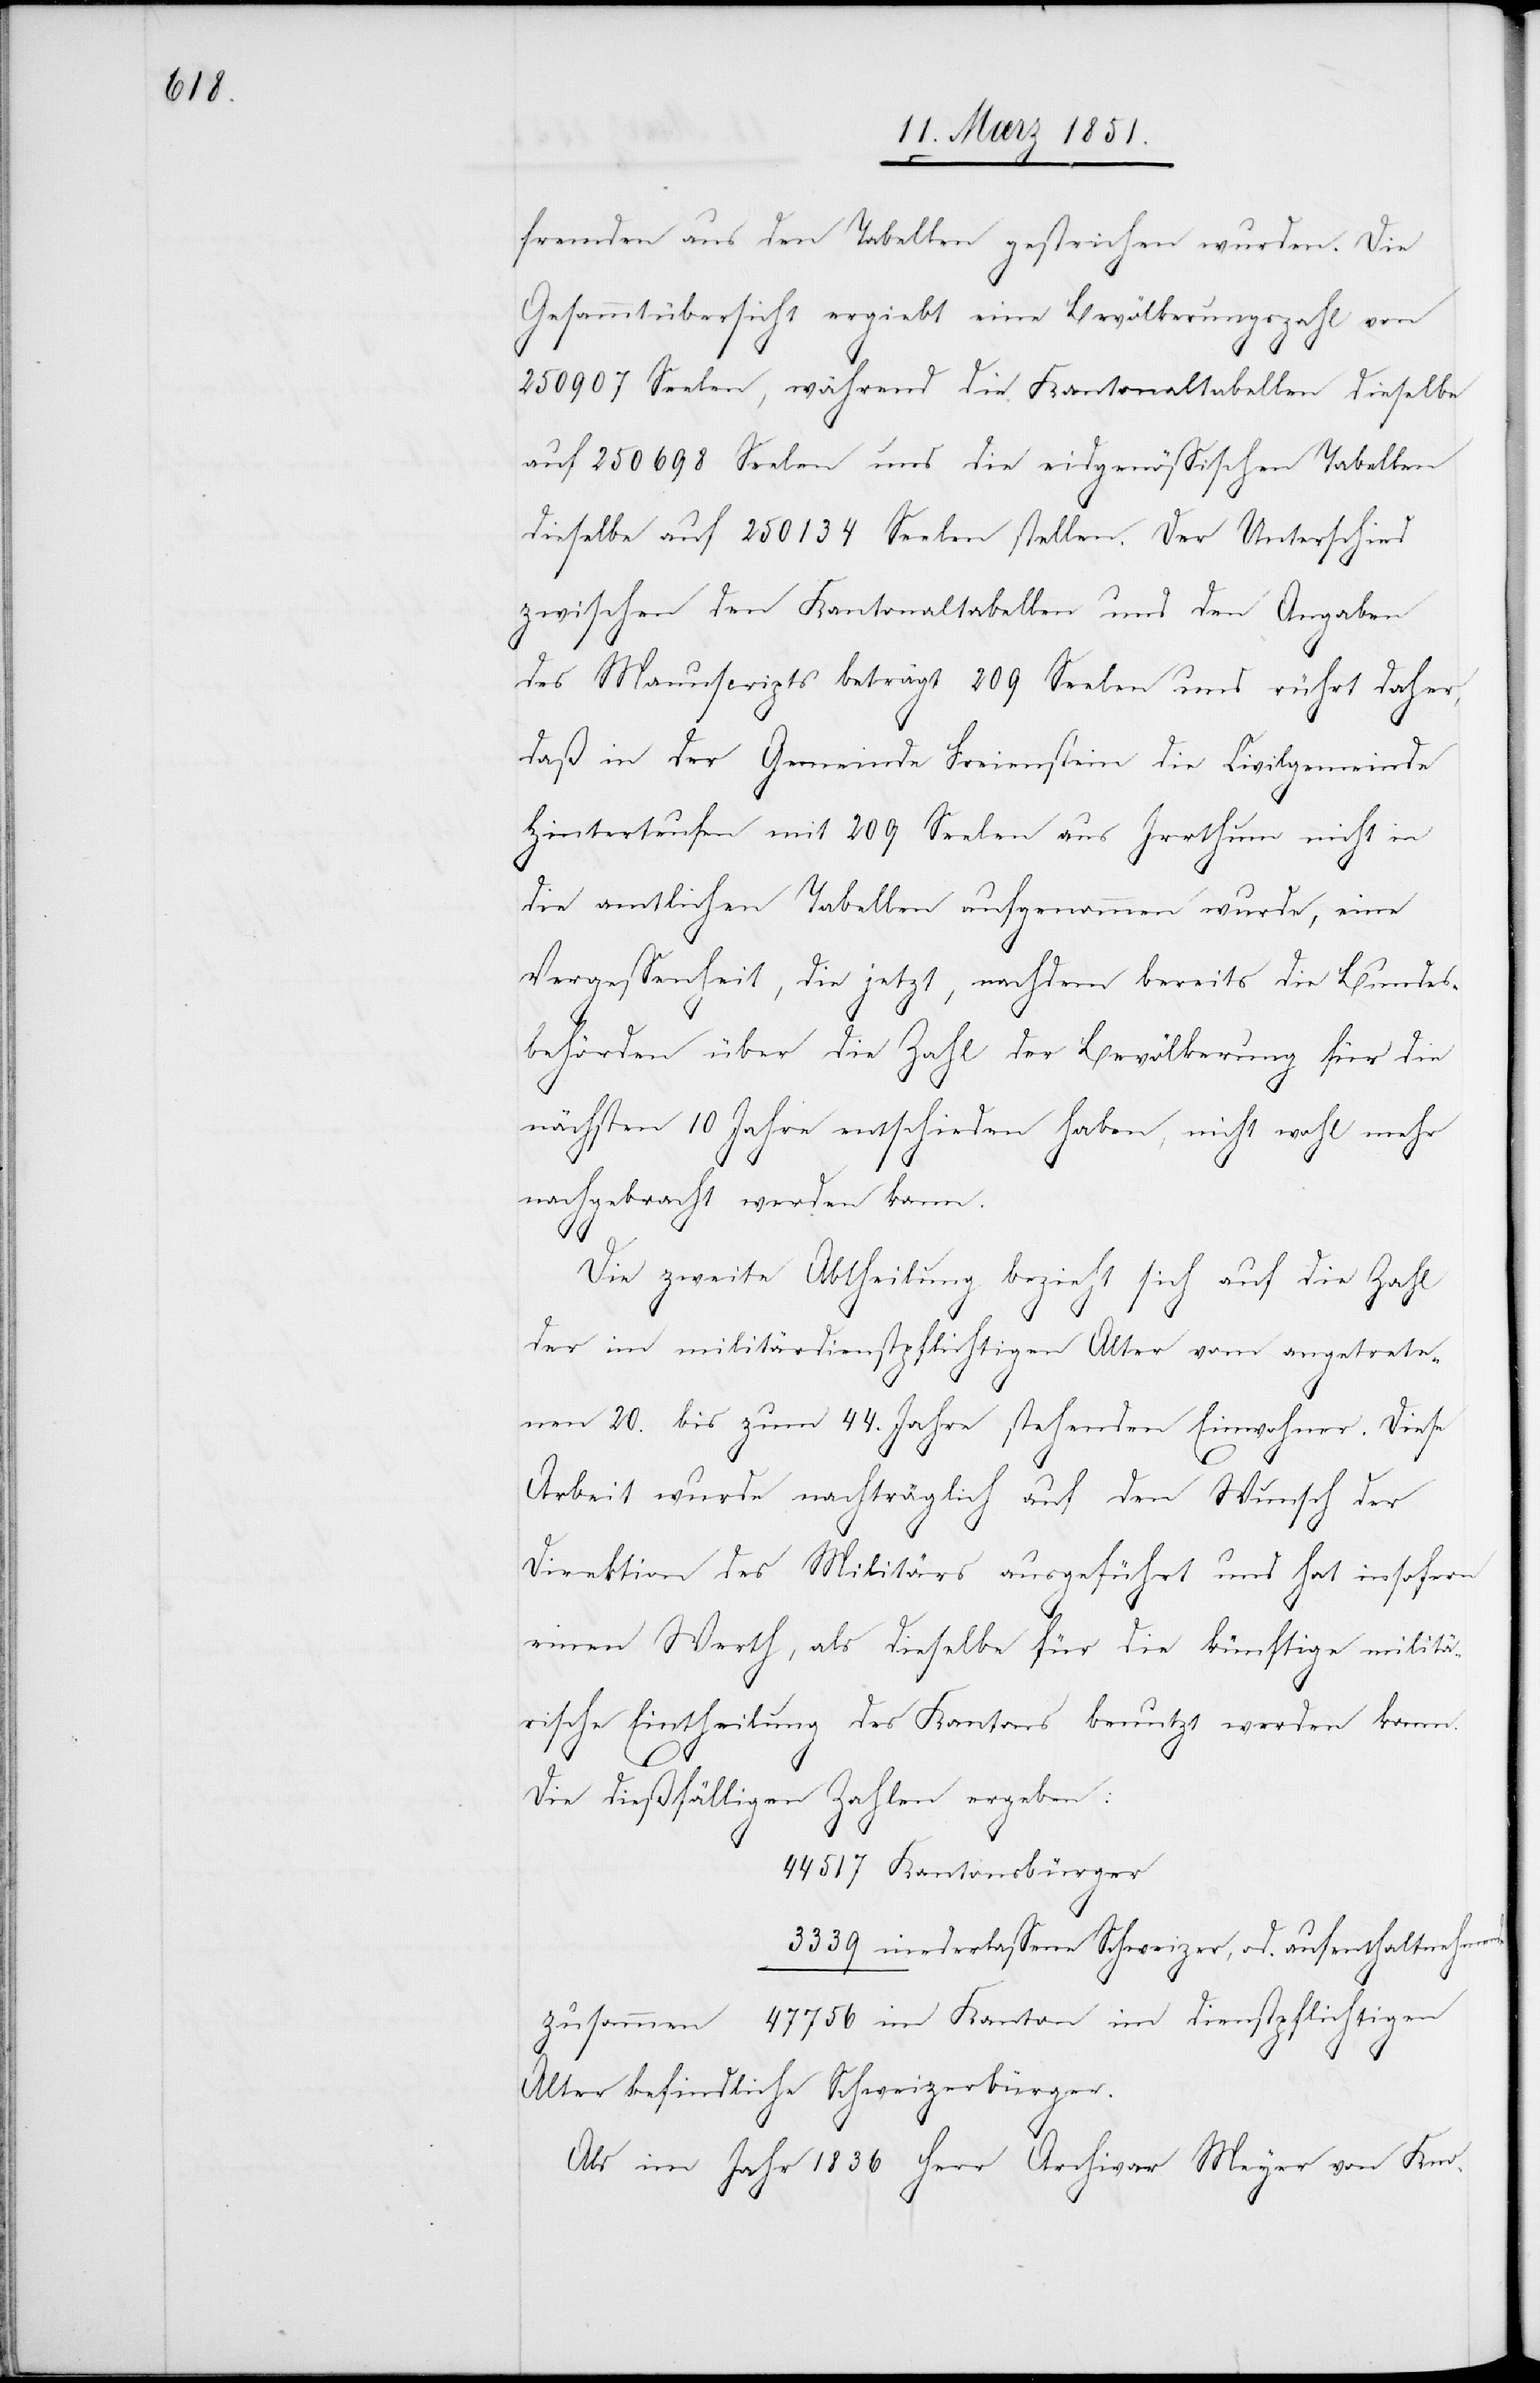
fremden aus den Tabellen gestrichen wurden. Die
Gesammtübersicht ergiebt eine Bevölkerungszahl von
250907 Seelen, während die Kantonaltabellen dieselbe
zwischen den Kantonaltabellen und den Angaben
des Manuscripts beträgt 209 Seelen und rührt daher,
daß in der Gemeinde Freienstein die Civilgemeinde
Hinterteufen mit 209 Seelen aus Irrthum nicht in
die amtlichen Tabellen aufgenommen wurde, eine
Vergessenheit, die jetzt, nachdem bereits die Bundes¬
behörden über die Zahl der Bevölkerung für die
nächsten 10 Jahre entschieden haben, nicht wohl mehr
nachgebracht werden kann.
Die zweite Abtheilung bezieht sich auf die Zahl
der im militärdienstpflichtigen Alter vom angetrete¬
nen 20. bis zum 44. Jahre stehenden Einwohner. Diese
Arbeit wurde nachträglich auf den Wunsch der
Direktion des Militärs ausgeführt und hat insofern
einen Werth, als dieselbe für die künftige militä¬
rische Eintheilung des Kantons benutzt werden kann.
Die dießfälligen Zahlen ergeben:
im
Alter befindliche Schweizerbürger.
Als im Jahr 1836 Herr Archivar Meyer von Kno-